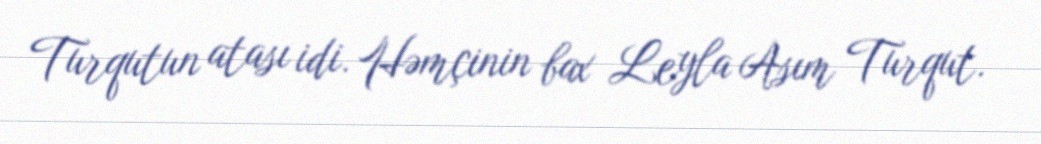
Turqutun atası idi. Həmçinin bax Leyla Asım Turqut.